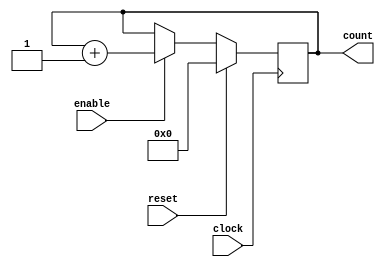
`timescale 1ns/100ps


module counter_10(
clock,
reset,
enable,
count
);

//DECLARE THE PORTS

parameter BIT_SZ = 10;
input clock;
input reset;
input enable;
output [BIT_SZ-1:0] count;

//count needs to be be declared as reg

reg[BIT_SZ-1:0] count;

//always initialise storage elements such as D-FF

initial count = 0;

always @ (posedge clock) begin
	if(enable == 1'b1)
		count = count + 1'b1;
	if(reset == 1'b1)
		count = 0;
end

endmodule